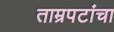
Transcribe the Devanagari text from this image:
ताम्रपटांचा